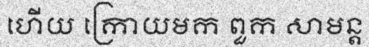
ហើយ ក្រោយមក ពួក សាមន្ត